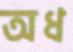
অধ